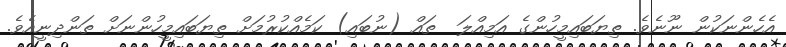
އެހެންނަކުން ނޫނެވެ. ތިޔަބައިމީހުންގެ އަމިއްލަ  ތައް (ނުބައި) ކަމެއްކުރުމަށް ތިޔަބައިމީހުންނަށް ތަންދިނީއެވެ.